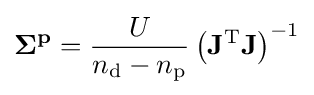
\mathbf {\Sigma ^{p}} ={\frac {U}{n_{\mathrm {d} }-n_{\mathrm {p} }}}\left(\mathbf {J} ^{\mathrm {T} }\mathbf {J} \right)^{-1}